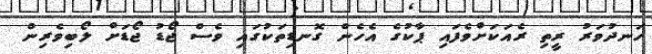
ހަނދުވަރު ރީތި ރެއަކަށްވެފައި ޕާކުގެ އެހެން ގޮނޑިތަކުގައި ވެސް ޖޯޑު ޖޯޑަށް ލޯބިވެރިން